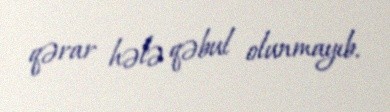
qərar hələ qəbul olunmayıb.